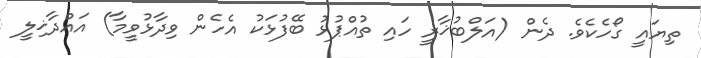
ތިޔައީ ގޯހެކެވެ. ދެން (އަލްބުޚާރީ ހައި ތުއްޕުޅު ބޭފުޅަކު އެހެން ވިދާޅުވީމާ) އައްދާޚިލީ